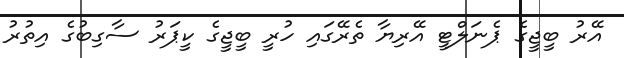
އޭރު ބީޖީގެ ޕެނަލްޓީ އޭރިޔާ ތެރޭގައި ހުރީ ބީޖީގެ ކީޕަރު ސާގިބުގެ އިތުރު